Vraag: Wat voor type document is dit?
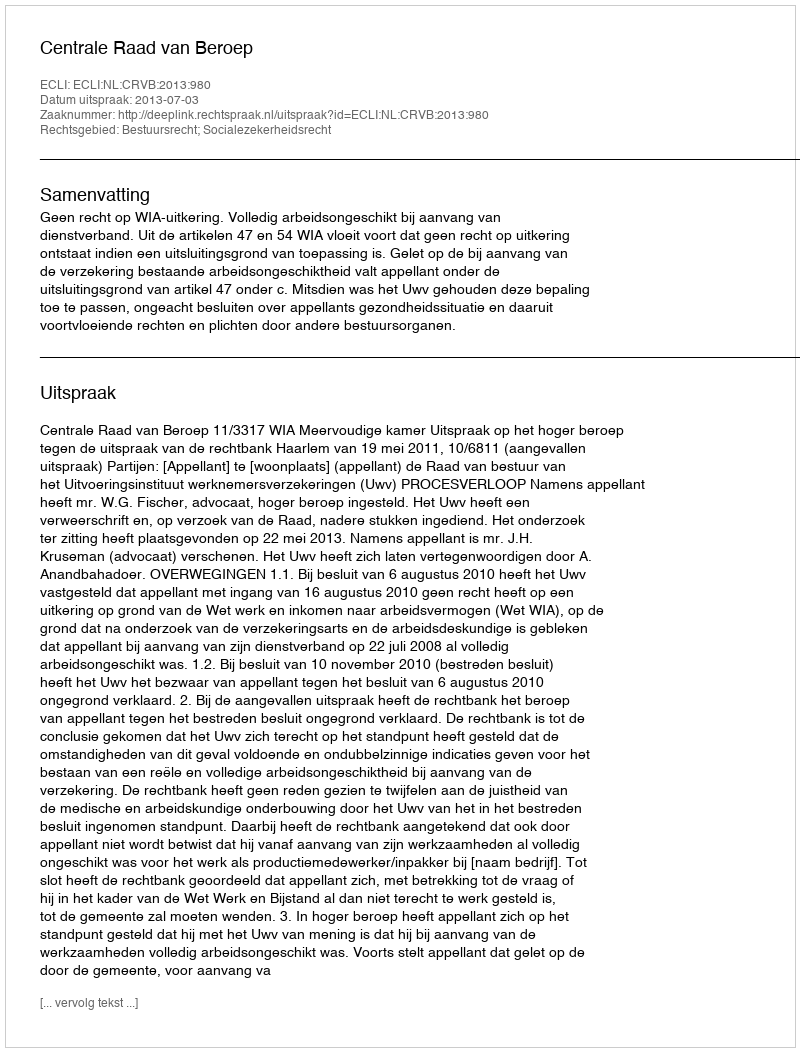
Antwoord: Uitspraak